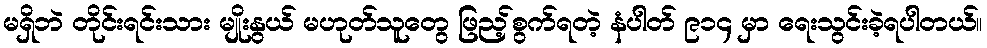
မရှိဘဲ တိုင်းရင်းသား မျိုးနွယ် မဟုတ်သူတွေ ဖြည့်စွက်ရတဲ့ နံပါတ် ၉၁၄ မှာ ရေးသွင်းခဲ့ရပါတယ်။